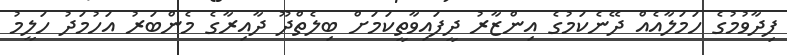
ފިދާވުމުގެ ހަމަލާއެއް ދޭނެކަމުގެ އިންޒާރު ދީފައިވާތީކަމަށް ބިލެތްދޫ ދާއިރާގެ މެންބަރު އަހުމަދު ހަލީމު